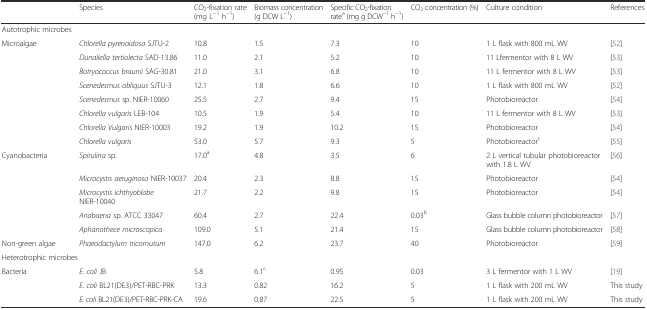
<table><thead><tr><td></td><td><b>Species</b></td><td><b>CO<sub>2</sub>-fixation rate (mg L<sup>−1</sup> h<sup>−1</sup>)</b></td><td><b>Biomass concentration (g DCW L<sup>−1</sup>)</b></td><td><b>Specific CO<sub>2</sub>-fixation rate<sup>a</sup> (mg g DCW<sup>−1</sup> h<sup>−1</sup>)</b></td><td><b>CO<sub>2</sub> concentration (%)</b></td><td><b>Culture condition</b></td><td><b>References</b></td></tr></thead><tbody><tr><td>Autotrophic microbes</td><td colspan="7"></td></tr><tr><td>Microalgae</td><td><i>Chlorella pyrenoidosa</i> SJTU-2</td><td>10.8</td><td>1.5</td><td>7.3</td><td>10</td><td>1 L flask with 800 mL WV</td><td>[52]</td></tr><tr><td></td><td><i>Dunaliella tertiolecta</i> SAD-13.86</td><td>11.0</td><td>2.1</td><td>5.2</td><td>10</td><td>11 Lfermentor with 8 L WV</td><td>[53]</td></tr><tr><td></td><td><i>Botryococcus braunii</i> SAG-30.81</td><td>21.0</td><td>3.1</td><td>6.8</td><td>10</td><td>11 L fermentor with 8 L WV</td><td>[53]</td></tr><tr><td></td><td><i>Scenedesmus obliquus</i> SJTU-3</td><td>12.1</td><td>1.8</td><td>6.6</td><td>10</td><td>1 L flask with 800 mL WV</td><td>[52]</td></tr><tr><td></td><td><i>Scenedesmus</i> sp. NIER-10060</td><td>25.5</td><td>2.7</td><td>9.4</td><td>15</td><td>Photobioreactor</td><td>[54]</td></tr><tr><td></td><td><i>Chlorella vulgaris</i> LEB-104</td><td>10.5</td><td>1.9</td><td>5.4</td><td>10</td><td>11 L fermentor with 8 L WV</td><td>[53]</td></tr><tr><td></td><td><i>Chlorella Vulgaris</i> NIER-10003</td><td>19.2</td><td>1.9</td><td>10.2</td><td>15</td><td>Photobioreactor</td><td>[54]</td></tr><tr><td></td><td><i>Chlorella vulgaris</i></td><td>53.0</td><td>5.7</td><td>9.3</td><td>5</td><td>Photobioreactor<sup>c</sup></td><td>[55]</td></tr><tr><td>Cyanobacteria</td><td><i>Spirulina</i> sp.</td><td>17.0<sup>a</sup></td><td>4.8</td><td>3.5</td><td>6</td><td>2 L vertical tubular photobioreactor with 1.8 L WV</td><td>[56]</td></tr><tr><td></td><td><i>Microcystis aeruginosa</i> NIER-10037</td><td>20.4</td><td>2.3</td><td>8.8</td><td>15</td><td>Photobioreactor</td><td>[54]</td></tr><tr><td></td><td><i>Microcystis ichthyoblabe</i> NIER-10040</td><td>21.7</td><td>2.2</td><td>9.8</td><td>15</td><td>Photobioreactor</td><td>[54]</td></tr><tr><td></td><td><i>Anabaena</i> sp. ATCC 33047</td><td>60.4</td><td>2.7</td><td>22.4</td><td>0.03<sup>b</sup></td><td>Glass bubble column photobioreactor</td><td>[57]</td></tr><tr><td></td><td><i>Aphanothece microscopica</i></td><td>109.0</td><td>5.1</td><td>21.4</td><td>15</td><td>Glass bubble column photobioreactor</td><td>[58]</td></tr><tr><td>Non-green algae</td><td><i>Phaeodactylum tricornutum</i></td><td>147.0</td><td>6.2</td><td>23.7</td><td>40</td><td>Photobioreactor</td><td>[59]</td></tr><tr><td colspan="8">Heterotrophic microbes</td></tr><tr><td>Bacteria</td><td><i>E. coli</i> JB</td><td>5.8</td><td>6.1<sup>c</sup></td><td>0.95</td><td>0.03</td><td>3 L fermentor with 1 L WV</td><td>[19]</td></tr><tr><td></td><td><i>E. coli</i> BL21(DE3)/PET-RBC-PRK</td><td>13.3</td><td>0.82</td><td>16.2</td><td>5</td><td>1 L flask with 200 mL WV</td><td>This study</td></tr><tr><td></td><td><i>E. coli</i> BL21(DE3)/PET-RBC-PRK-CA</td><td>19.6</td><td>0.87</td><td>22.5</td><td>5</td><td>1 L flask with 200 mL WV</td><td>This study</td></tr></tbody></table>